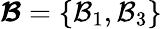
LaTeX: \boldsymbol{\mathcal{B}}=\{ \mathcal{B}_{1},\mathcal{B}_{3}\}